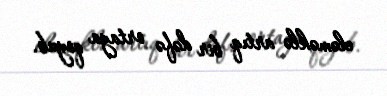
eləməklə artıq bir dəfə ortaya qoyub.